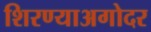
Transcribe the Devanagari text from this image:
शिरण्याअगोदर